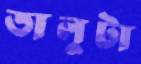
তালুটা